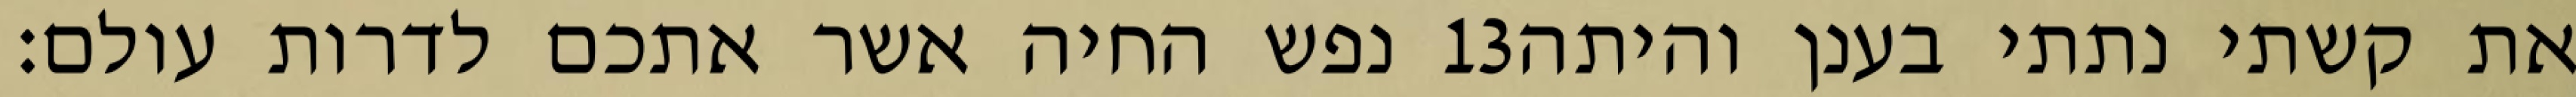
נפש החיה אשר אתכם לדרות עולם׃ ‎13‏ את קשתי נתתי בענן והיתה